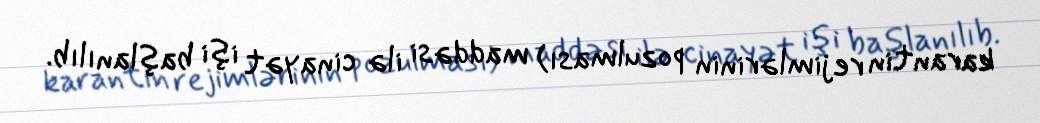
karantin rejimlərinin pozulması) maddəsi ilə cinayət işi başlanılıb.